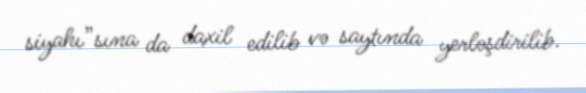
siyahı”sına da daxil edilib və saytında yerləşdirilib.